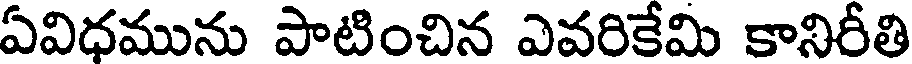
ఏవిధమును పాటించిన ఎవరికేమి కానిరీతి